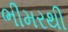
ભીમરથી